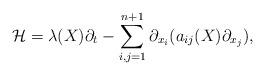
LaTeX: \begin{align*}\mathcal{H}=\lambda(X)\partial_t-\sum_{i,j=1}^{n+1}\partial_{x_i}(a_{ij}(X)\partial_{x_j}),\end{align*}